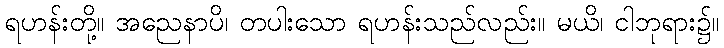
ရဟန်းတို့။ အညေနာပိ၊ တပါးသော ရဟန်းသည်လည်း။ မယိ၊ ငါဘုရား၌။